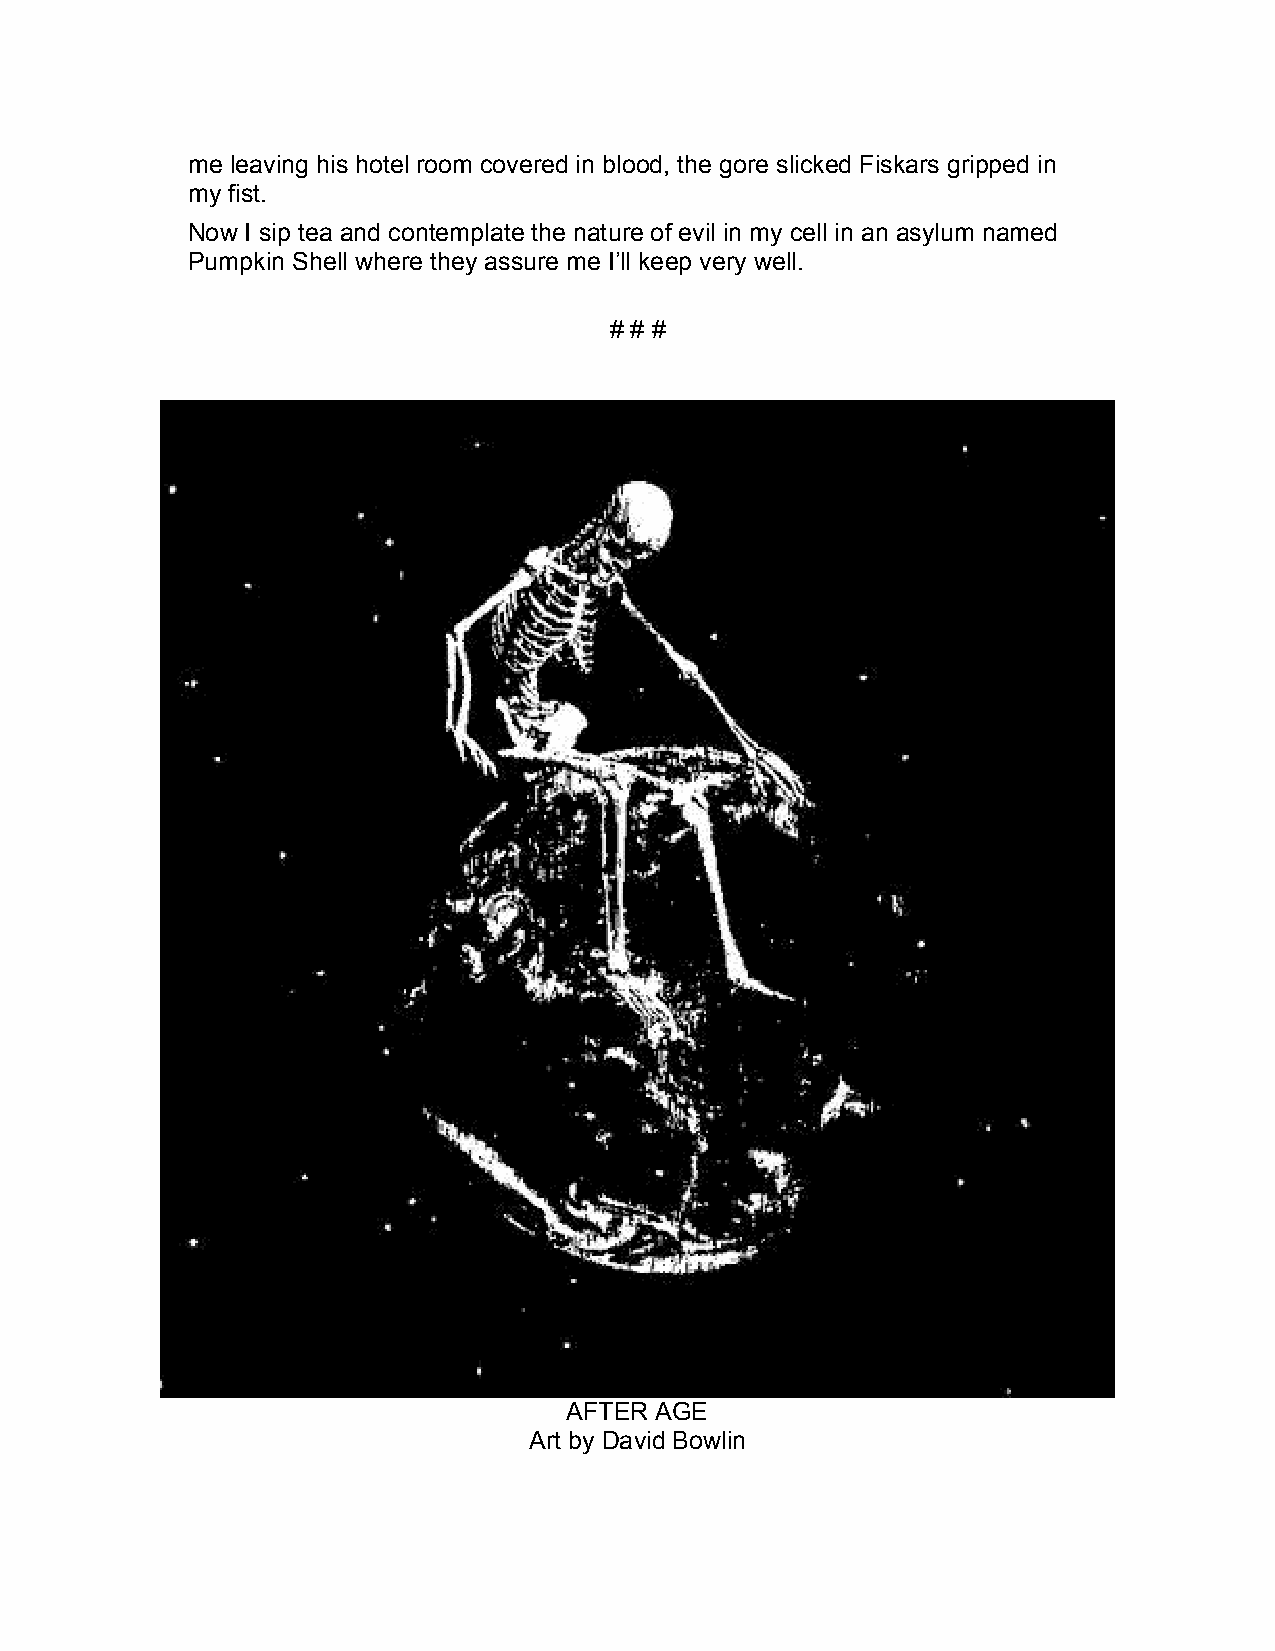
me leaving his hotel room covered in blood, the gore slicked Fiskars gripped in
 my fist.
 Now I sip tea and contemplate the nature of evil in my cell in an asylum named
 Pumpkin Shell where they assure me I’ll keep very well.
 # # #
 AFTER AGE
 Art by David Bowlin